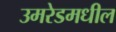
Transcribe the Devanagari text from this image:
उमरेडमधील